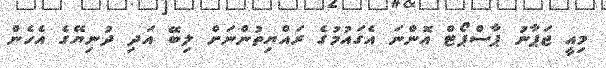
މިއީ ޖަޕާނު ޕާސްޕޯޓް އޮންނަ އެގައުމުގެ ރައްޔިތުންނަށް ލިބޭ އަދި ދުނިޔޭގެ އެހެން